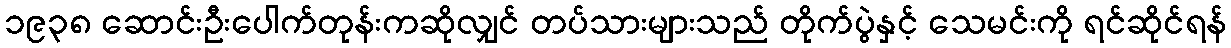
၁၉၃၈ ဆောင်းဦးပေါက်တုန်းကဆိုလျှင် တပ်သားများသည် တိုက်ပွဲနှင့် သေမင်းကို ရင်ဆိုင်ရန်